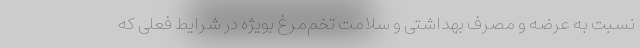
نسبت به عرضه و مصرف بهداشتی و سلامت تخم‌مرغ بویژه در شرایط فعلی که